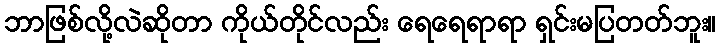
ဘာဖြစ်လို့လဲဆိုတာ ကိုယ်တိုင်လည်း ရေရေရာရာ ရှင်းမပြတတ်ဘူး။